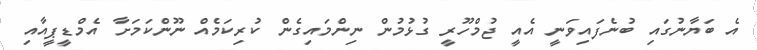
އެ ބަޔާނުގައި ބުނެފައިވަނީ އެއީ ޖުމްހޫރީ ގުޅުމުން ނިންމައިގެން ކުރިކަމެއް ނޫންކަމަށާ އެމްޑީޕީއާއި